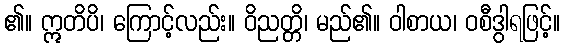
၏။ ဣတိပိ၊ ကြောင့်လည်း။ ဝိညတ္တိ၊ မည်၏။ ဝါစာယ၊ ဝစီဒွါရဖြင့်။